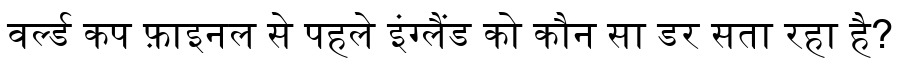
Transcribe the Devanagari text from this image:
वर्ल्ड कप फ़ाइनल से पहले इंग्लैंड को कौन सा डर सता रहा है?